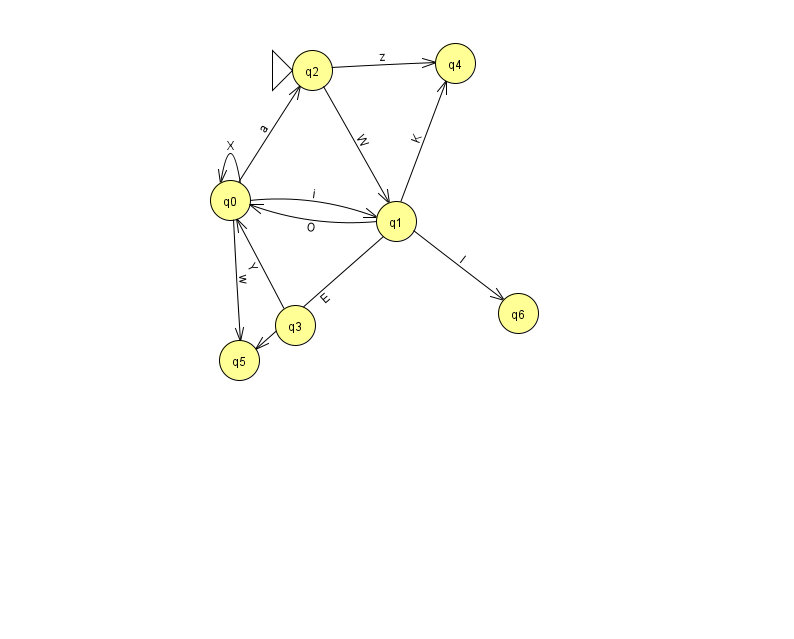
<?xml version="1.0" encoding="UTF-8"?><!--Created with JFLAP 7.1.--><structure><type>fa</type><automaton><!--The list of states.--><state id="0" name="q0"><x>230.0</x><y>187.0</y></state><state id="1" name="q1"><x>396.0</x><y>208.0</y></state><state id="2" name="q2"><x>312.0</x><y>57.0</y><initial/></state><state id="3" name="q3"><x>295.0</x><y>312.0</y></state><state id="4" name="q4"><x>455.0</x><y>50.0</y></state><state id="5" name="q5"><x>239.0</x><y>347.0</y></state><state id="6" name="q6"><x>518.0</x><y>300.0</y></state><!--The list of transitions.--><transition><from>1</from><to>0</to><read>O</read></transition><transition><from>0</from><to>2</to><read>a</read></transition><transition><from>0</from><to>5</to><read>w</read></transition><transition><from>0</from><to>1</to><read>i</read></transition><transition><from>1</from><to>4</to><read>K</read></transition><transition><from>0</from><to>0</to><read>X</read></transition><transition><from>2</from><to>1</to><read>W</read></transition><transition><from>2</from><to>4</to><read>z</read></transition><transition><from>1</from><to>6</to><read>l</read></transition><transition><from>3</from><to>0</to><read>Y</read></transition><transition><from>1</from><to>5</to><read>E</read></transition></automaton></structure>